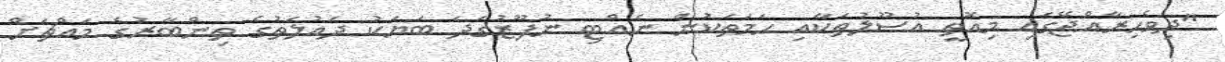
"ދިވެހިރާއްޖޭގައި މިއޮތީ އުސޫލުތަކާއި ހަމަތަކުން ނެއްޓި ނުފޫޒުގަދަ ބަޔަކު ދައުލަތުގެ ތިންބާރުގެ މައްޗަށް